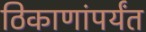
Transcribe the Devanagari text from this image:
ठिकाणांपर्यंत